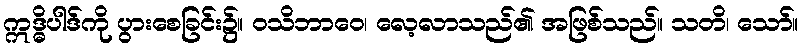
ဣဒ္ဓိပါဒ်ကို ပွားစေခြင်း၌။ ဝသိဘာဝေ၊ လေ့လာသည်၏ အဖြစ်သည်။ သတိ၊ သော်။